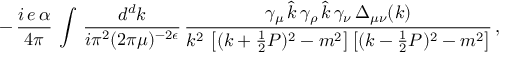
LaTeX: - \, \frac { i \, e \, \alpha } { 4 \pi } \, \int \, \frac { d ^ { d } k } { i \pi ^ { 2 } ( 2 \pi \mu ) ^ { - 2 \epsilon } } \, \frac { \gamma _ { \mu } \, \hat { k } \, \gamma _ { \rho } \, \hat { k } \, \gamma _ { \nu } \, \Delta _ { \mu \nu } ( k ) } { k ^ { 2 } \, \left[ ( k + \frac { 1 } { 2 } P ) ^ { 2 } - m ^ { 2 } \right] \left[ ( k - \frac { 1 } { 2 } P ) ^ { 2 } - m ^ { 2 } \right] } \, ,